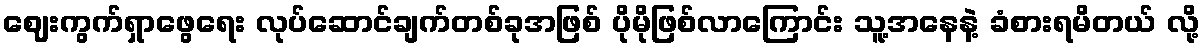
ဈေးကွက်ရှာဖွေရေး လုပ်ဆောင်ချက်တစ်ခုအဖြစ် ပိုမိုဖြစ်လာကြောင်း သူ့အနေနဲ့ ခံစားရမိတယ် လို့